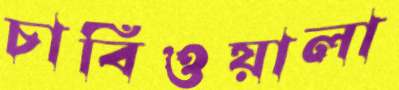
চাবিওয়ালা